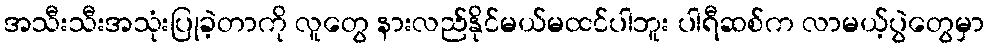
အသီးသီးအသုံးပြုခဲ့တာကို လူတွေ နားလည်နိုင်မယ်မထင်ပါဘူး ပါရီဆစ်က လာမယ့်ပွဲတွေမှာ